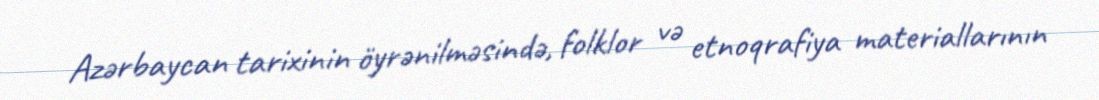
Azərbaycan tarixinin öyrənilməsində, folklor və etnoqrafiya materiallarının